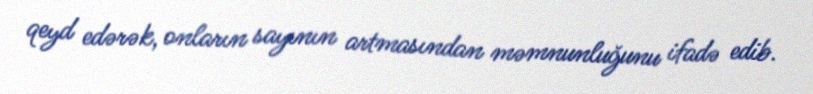
qeyd edərək, onların sayının artmasından məmnunluğunu ifadə edib.